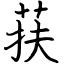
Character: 荴